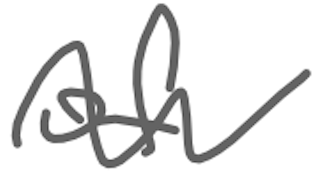
Text: of
Cross-out: wave
Writing tool: digital_gray